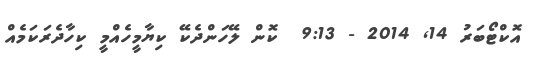
އޮކްޓޯބަރު 14